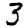
Digit: 3